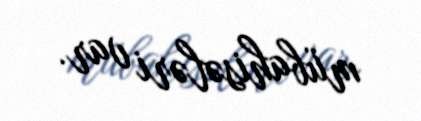
mübahisələri var.